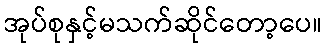
အုပ်စုနှင့်မသက်ဆိုင်တော့ပေ။